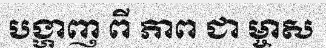
បង្ហាញ ពី ភាព ជា ម្ចាស